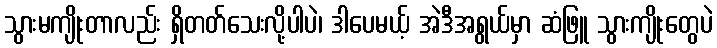
သွားမကျိုးတာလည်း ရှိတတ်သေးလို့ပါပဲ၊ ဒါပေမယ့် အဲဒီအရွယ်မှာ ဆံဖြူ သွားကျိုးတွေပဲ